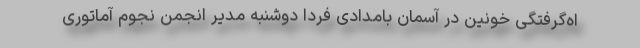
اه‌گرفتگی خونین در آسمان بامدادی فردا دوشنبه مدیر انجمن نجوم آماتوری